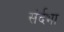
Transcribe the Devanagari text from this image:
संर्दभा